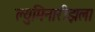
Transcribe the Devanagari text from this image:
ल्युमिनारीझला